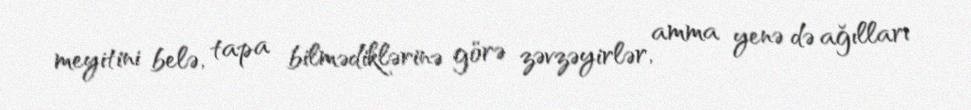
meyitini belə, tapa bilmədiklərinə görə zəvzəyirlər, amma yenə də ağılları